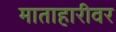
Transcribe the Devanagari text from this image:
माताहारीवर